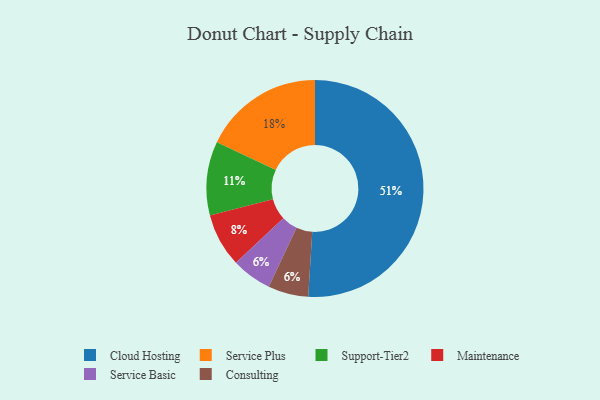
{"axis": {"x": "Category", "y": "Percentage"}, "legend": ["Cloud Hosting", "Consulting", "Maintenance", "Service Basic", "Service Plus", "Support-Tier2"], "data": [{"x": "Service Plus", "y": 18, "type": "Service Plus"}, {"x": "Service Basic", "y": 6, "type": "Service Basic"}, {"x": "Maintenance", "y": 8, "type": "Maintenance"}, {"x": "Cloud Hosting", "y": 51, "type": "Cloud Hosting"}, {"x": "Consulting", "y": 6, "type": "Consulting"}, {"x": "Support-Tier2", "y": 11, "type": "Support-Tier2"}]}